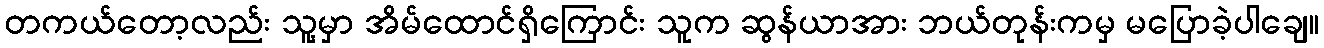
တကယ်တော့လည်း သူ့မှာ အိမ်ထောင်ရှိကြောင်း သူက ဆွန်ယာအား ဘယ်တုန်းကမှ မပြောခဲ့ပါချေ။